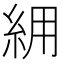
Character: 𮈉